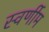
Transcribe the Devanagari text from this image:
स्वर्णीम